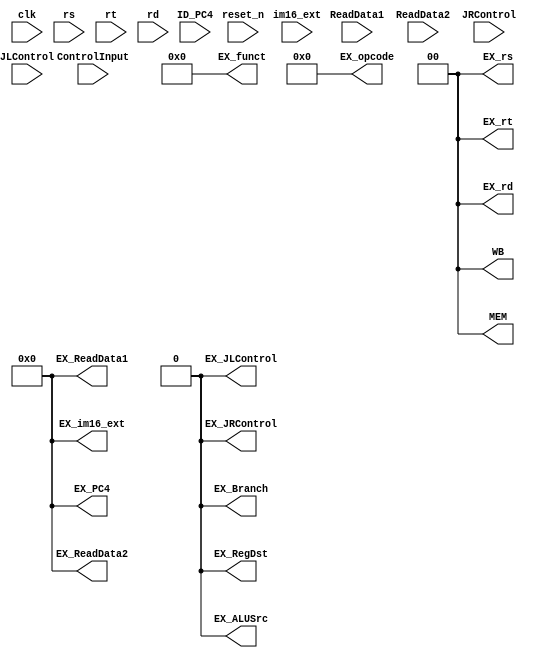
module IDEX_Register(clk, reset_n, ID_PC4, ControlInput, ReadData1, ReadData2, im16_ext, rs, rt, rd, JRControl, JLControl, //control and data input
		     WB, MEM, //bunch output
		     EX_Branch, EX_ALUSrc, EX_RegDst, EX_opcode, EX_funct, EX_JRControl, EX_JLControl, //control output
		     EX_PC4, EX_im16_ext, EX_ReadData1, EX_ReadData2, EX_rs, EX_rt, EX_rd); //data output
	input clk;
	input reset_n;
	input [15:0] ID_PC4;
	input [16:0]ControlInput;
	input [15:0] ReadData1, ReadData2, im16_ext;
	input [1:0] rs, rt, rd;
	input JRControl;
	input JLControl;
	output reg [1:0] WB;
	output reg [1:0] MEM;
	output reg EX_Branch, EX_ALUSrc, EX_RegDst;
	output reg [3:0] EX_opcode;
	output reg [5:0] EX_funct;
	output reg EX_JRControl;
	output reg EX_JLControl;
	output reg [15:0] EX_PC4, EX_im16_ext, EX_ReadData1, EX_ReadData2;
	output reg [1:0] EX_rs, EX_rt, EX_rd;

	always @(reset_n) begin
		WB = 2'b00;
		MEM = 2'b00;
		EX_Branch = 1'b0;
		EX_ALUSrc = 1'b0;
		EX_RegDst = 1'b0;
		EX_opcode = 4'b0000;
		EX_funct = 6'b000000;
		EX_JRControl = 1'b0;
		EX_JLControl = 1'b0;
		EX_PC4 = 16'h0000;
		EX_im16_ext = 16'h0000;
		EX_ReadData1 = 16'h0000;
		EX_ReadData2 = 16'h0000;
		EX_rs = 2'b00;
		EX_rt = 2'b00;
		EX_rd = 2'b00;
	end

	always @(posedge clk) begin
		WB = ControlInput[16:15];
		MEM = ControlInput[14:13];
		EX_Branch = ControlInput[12];
		EX_ALUSrc = ControlInput[11];
		EX_RegDst = ControlInput[10];
		EX_opcode = ControlInput[9:6];
		EX_funct = ControlInput[5:0];
		EX_JRControl = JRControl;
		EX_JLControl = JLControl;
		EX_PC4 = ID_PC4;
		EX_im16_ext = im16_ext;
		EX_ReadData1 = ReadData1;
		EX_ReadData2 = ReadData2;
		EX_rs = rs;
		EX_rt = rt;
		EX_rd = rd;
	end
endmodule

//Control Input WB, MEM, EX
//WB: RegWrite, MemtoReg
//MEM: MemWrite, MemRead
//EX: Branch, ALUSrc, RegDst, opcode, funct

//Forwarded Data: WriteRegister, PC4, JLControl